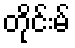
တိုင်းမ်